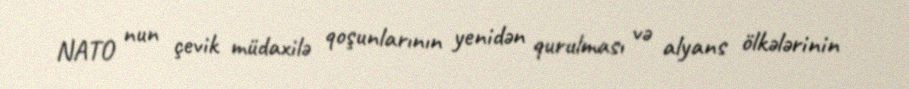
NATO nun çevik müdaxilə qoşunlarının yenidən qurulması və alyans ölkələrinin